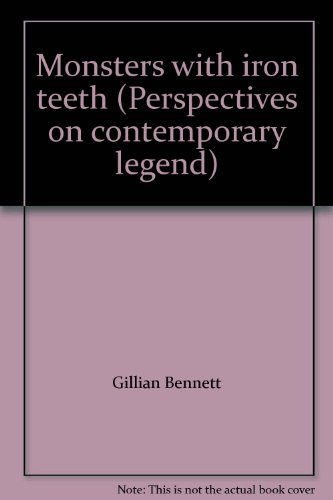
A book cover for Monsters with iron teeth (Perspectives on contemporary legend); Humor & Entertainment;